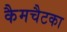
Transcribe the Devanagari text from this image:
कैमचैटका